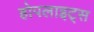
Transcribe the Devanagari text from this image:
होपलाइट्स